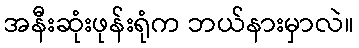
အနီးဆုံးဖုန်းရုံက ဘယ်နားမှာလဲ။